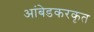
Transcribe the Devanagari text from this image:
आंबेडकरकृत